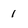
Character: 1